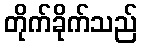
တိုက်ခိုက်သည်